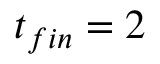
t _ { f i n } = 2